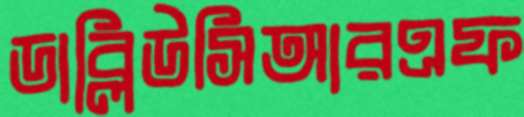
ডাব্লিউসিআরএফ